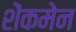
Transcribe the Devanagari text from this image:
शेंकमेन